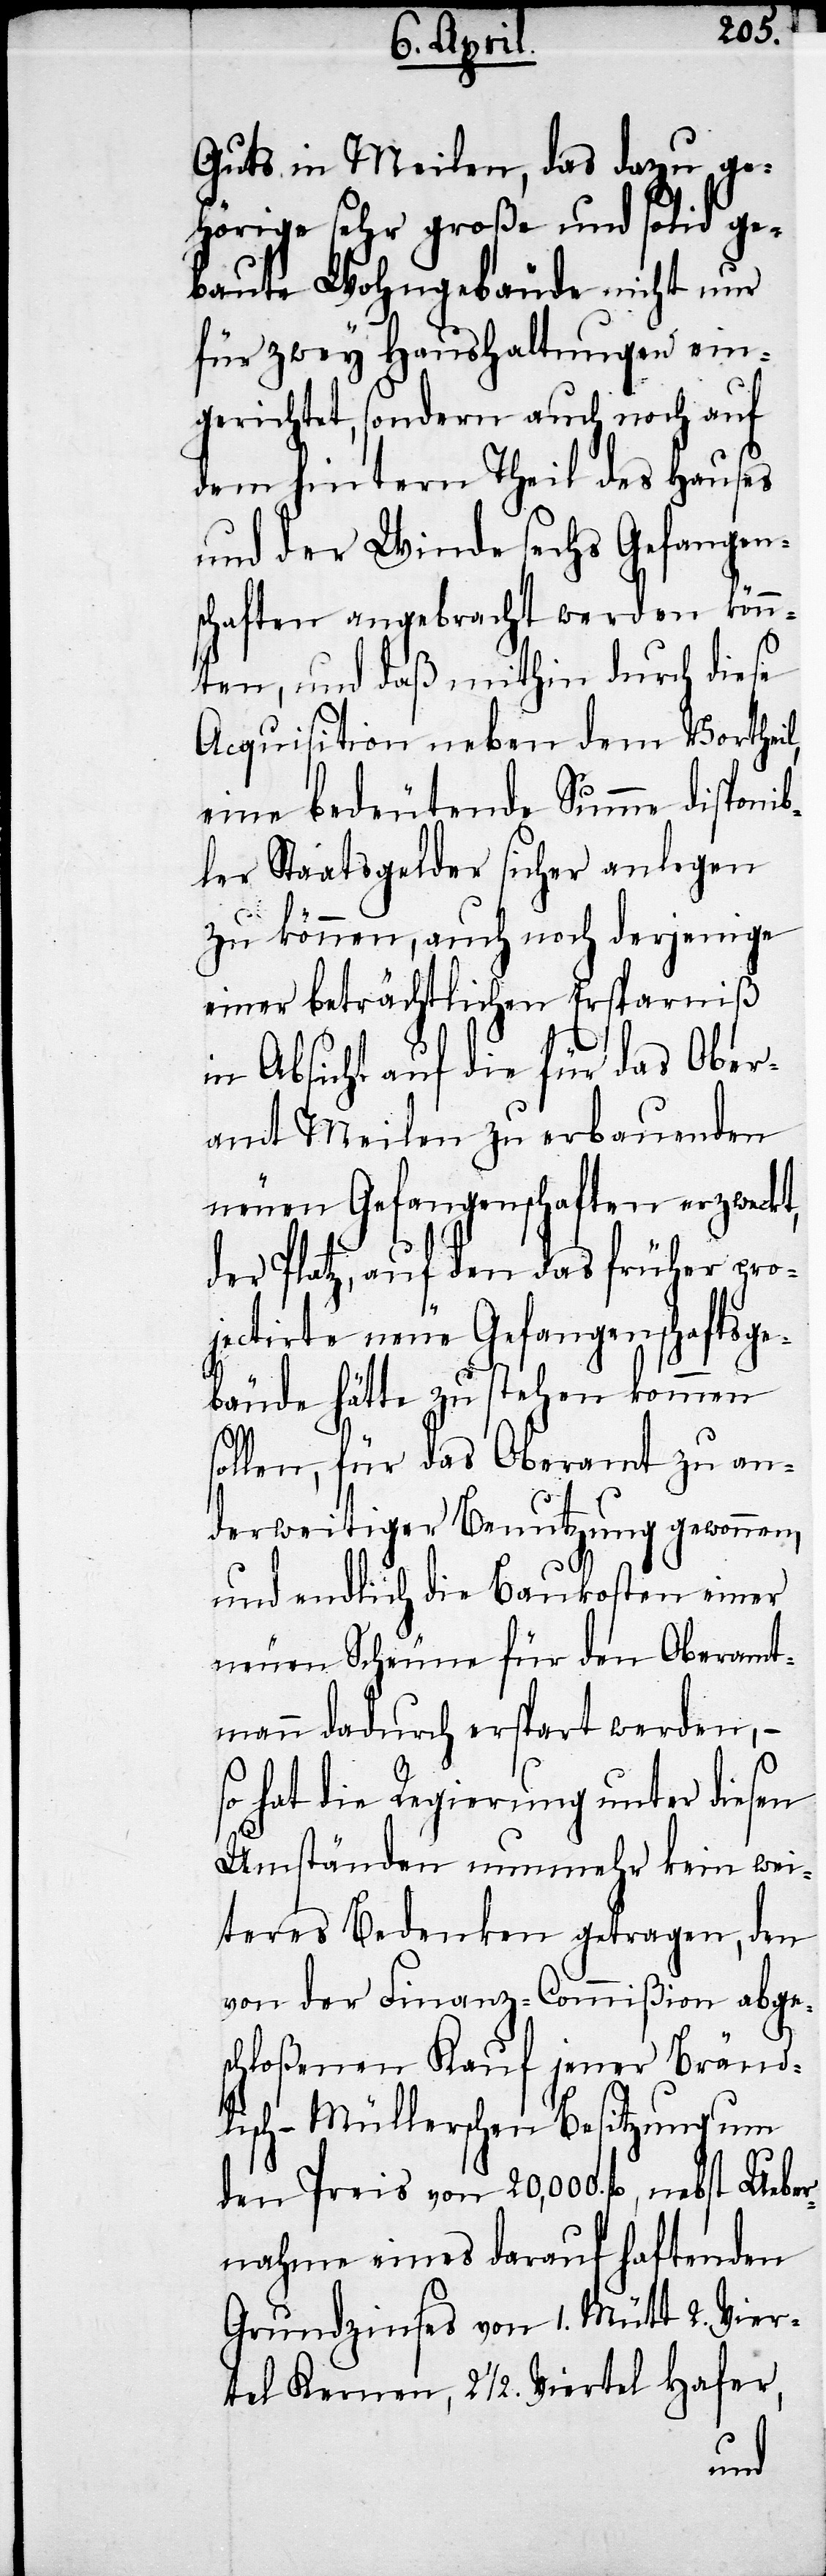
Guts in Meilen, das dazu ge¬
hörige sehr große und solid ge¬
baute Wohngebäude nicht nur
für zwey Haushaltungen ein¬
gerichtet, sondern auch noch auf
dem hintern Theil des Hauses
und der Winde sechs Gefangen¬
schaften angebracht werden könn¬
ten, und daß mithin durch diese
Acquisition neben dem Vortheil,
eine bedeutende Summe disponi¬
bler Staatsgelder sicher anlegen
zu können, auch noch derjenige
einer beträchtlichen Ersparniß
in Absicht auf die für das Ober¬
amt Meilen zu erbauenden
neuen Gefangenschaften erzweckt,
der Platz, auf den das früher pro¬
jectirte neue Gefangenschaftsge¬
bäude hätte zu stehen kommen
sollen, für das Oberamt zu an¬
derweitiger Benutzung gewonnen,
und endlich die Baukosten einer
neuen Scheune für den Oberamt¬
mann dadurch erspart werden, –
so hat die Regierung unter diesen
Umständen nunmehr kein wei¬
teres Bedenken getragen, den
von der Finanz-Commißion abge¬
schloßenen Kauf jener Bränd¬
lisch-Müllerschen Besitzung um
den Preis von 20,000. fl., nebst Ueber¬
nahme eines darauf haftenden
Grundzinses von 1. Mütt 2. Vier¬
tel Kernen, 2 ½ Viertel Hafer,